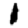
Digit: 1